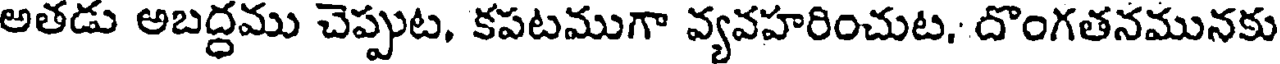
అతడు అబద్ధము చెప్పుట, కపటముగా వ్యవహరించుట, దొంగతనమునకు